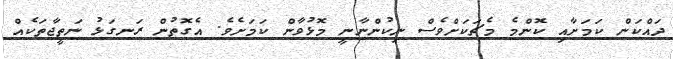
ދައްކަން ކަމަށާއި ކޮންމެ މެޗަކަށްވެސް ނިކުންނާނީ މޮޅުވާން ކަމަށެވެ. އެގޮތުން ރަނގަޅު ނަތީޖާތަކެއް